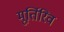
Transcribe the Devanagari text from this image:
मूर्तिरिव